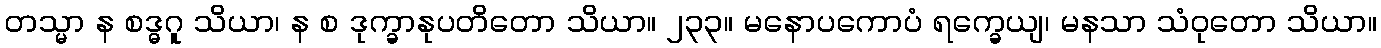
တသ္မာ န စဒ္ဓဂူ သိယာ၊ န စ ဒုက္ခာနုပတိတော သိယာ။ ၂၃၃။ မနောပကောပံ ရက္ခေယျ၊ မနသာ သံဝုတော သိယာ။